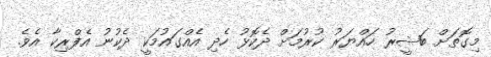
މިގޮތަށް ބަޝީރު ހައްޔަރު ކުރުމަށް ދެކޮޅު ހެދި އެއްގައުމަކީ ދެކުނު އެފްރިކާ އެވެ.